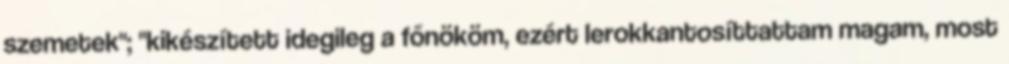
szemetek"; "kikészített idegileg a főnököm, ezért lerokkantosíttattam magam, most